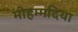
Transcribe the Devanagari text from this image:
मोहम्मदिया